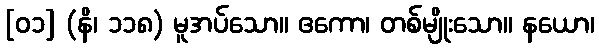
[၀၁] (နိ၊ ၁၁၈) မူအပ်သော။ ဧကော၊ တစ်မျိုးသော။ နယော၊